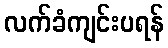
လက်ခံကျင်းပရန်